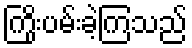
ကြိုးပမ်းခဲ့ကြသည်